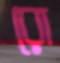
রো